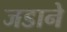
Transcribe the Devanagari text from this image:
जडाने